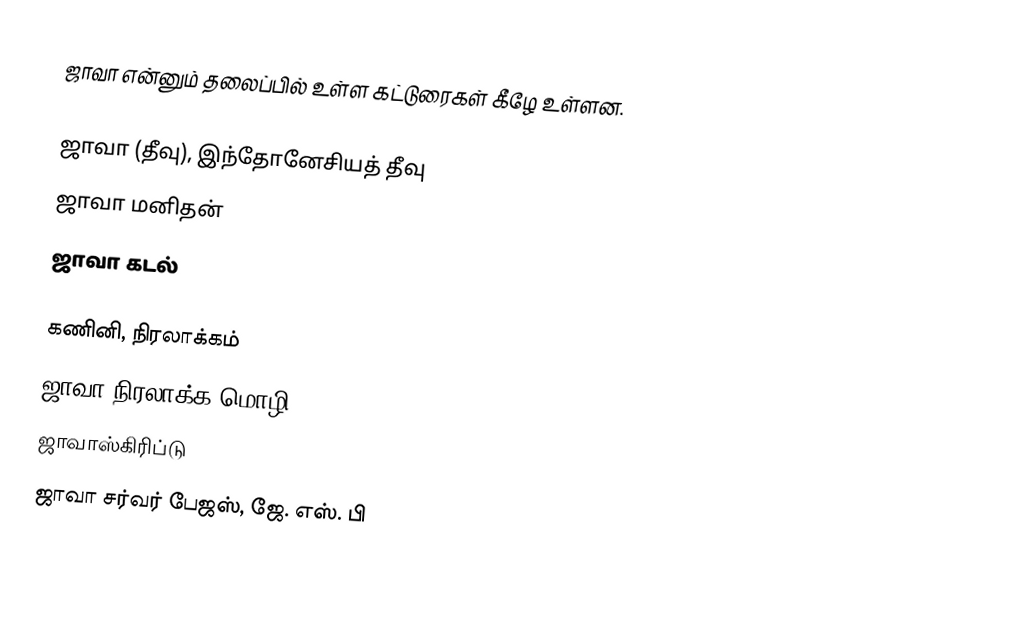
ஜாவா என்னும் தலைப்பில் உள்ள கட்டுரைகள் கீழே உள்ளன.

 ஜாவா (தீவு), இந்தோனேசியத் தீவு
 ஜாவா மனிதன்
 ஜாவா கடல்

கணினி, நிரலாக்கம்
 ஜாவா நிரலாக்க மொழி
 ஜாவாஸ்கிரிப்டு
 ஜாவா சர்வர் பேஜஸ், ஜே. எஸ். பி